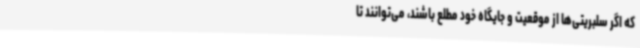
که اگر سلبریتی‌ها از موقعیت و جایگاه خود مطلع باشند، می‌توانند تا